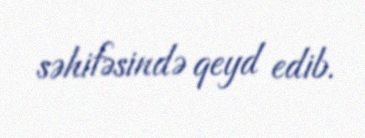
səhifəsində qeyd edib.